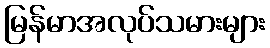
မြန်မာအလုပ်သမားများ